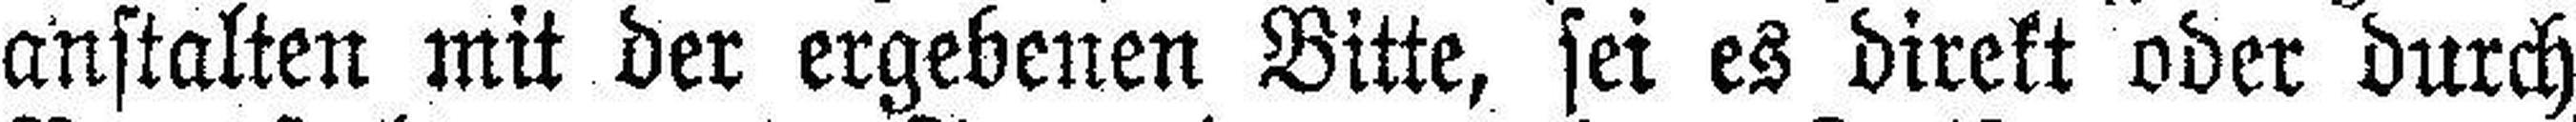
anstalten mit der ergebenen Bitte, sei es direkt oder durch